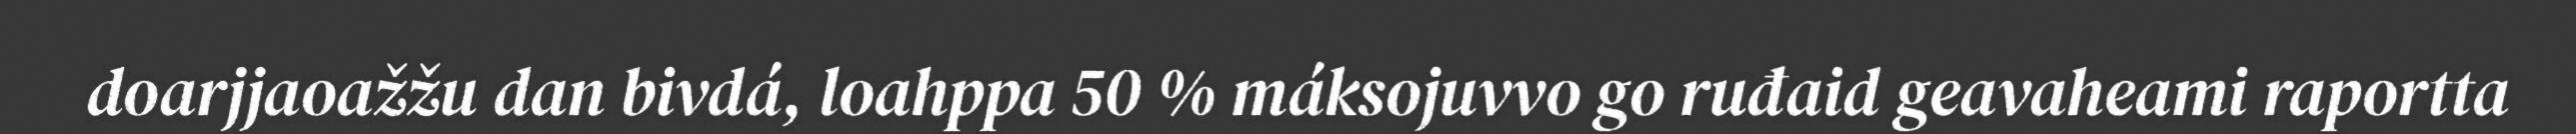
doarjjaoažžu dan bivdá, loahppa 50 % máksojuvvo go ruđaid geavaheami raportta